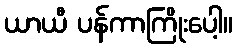
ယာယီ ပန်ကာကြိုးပေါ့။